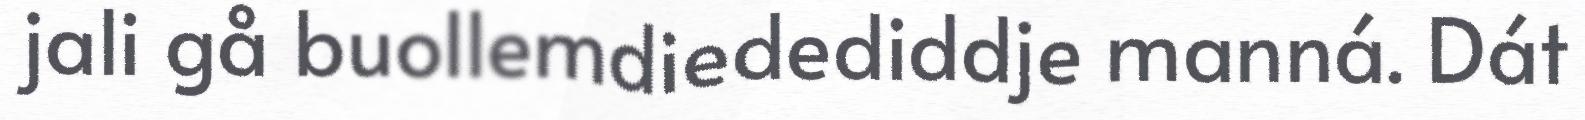
jali gå buollemdiedediddje manná. Dát